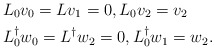
\begin{align*}&L_0v_0=Lv_1=0,L_0v_2=v_2\\&L_0^\dag w_0=L^\dag w_2=0,L_0^\dag w_1=w_2.\end{align*}